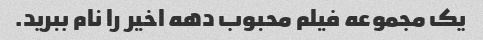
یک مجموعه فیلم محبوب دهه اخیر را نام ببرید.